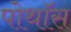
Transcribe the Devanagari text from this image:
पोथॉस